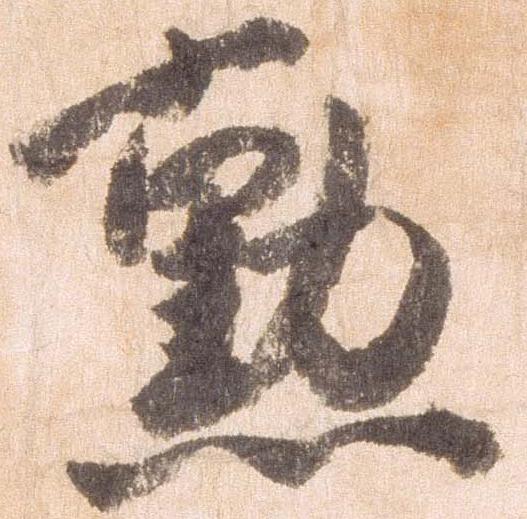
勲